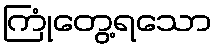
ကြုံတွေ့ရသော